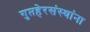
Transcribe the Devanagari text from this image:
गुप्तहेरसंस्थांना